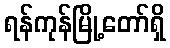
ရန်ကုန်မြို့တော်ရှိ